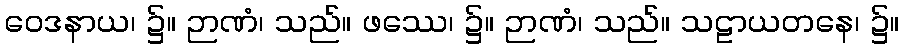
ဝေဒနာယ၊ ၌။ ဉာဏံ၊ သည်။ ဖဿေ၊ ၌။ ဉာဏံ၊ သည်။ သဠာယတနေ၊ ၌။